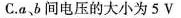
C.a、b间电压的大小为5V